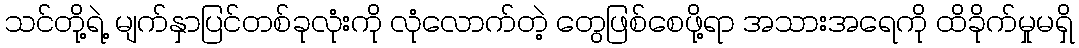
သင်တို့ရဲ့ မျက်နှာပြင်တစ်ခုလုံးကို လုံလောက်တဲ့ တွေဖြစ်စေဖို့ရာ အသားအရေကို ထိခိုက်မှုမရှိ